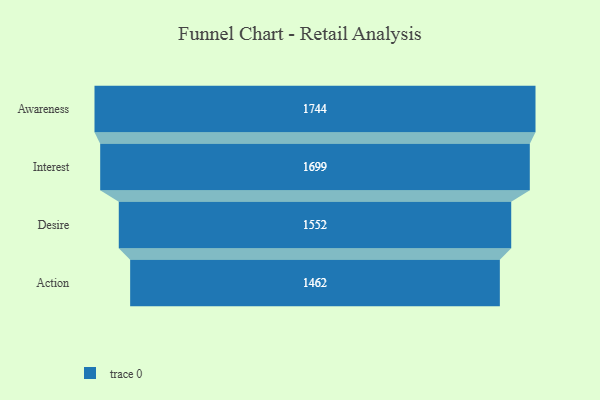
{"axis": {"x": "Stage", "y": "Value"}, "legend": [""], "data": [{"x": "Awareness", "y": 1744.0, "type": ""}, {"x": "Interest", "y": 1699.0, "type": ""}, {"x": "Desire", "y": 1552.0, "type": ""}, {"x": "Action", "y": 1462.0, "type": ""}]}